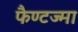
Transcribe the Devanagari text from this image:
फैण्टज्मा